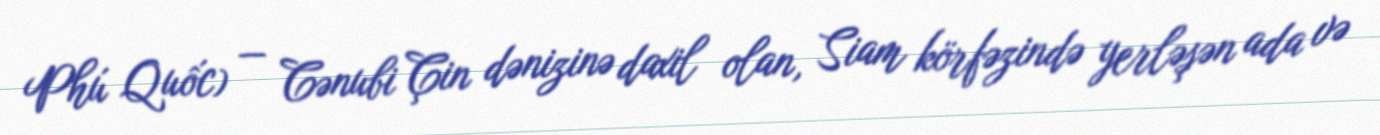
Phú Quốc) — Cənubi Çin dənizinə daxil olan, Siam körfəzində yerləşən ada və